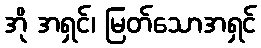
အို အရှင်၊ မြတ်သောအရှင်